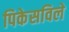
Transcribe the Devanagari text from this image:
पिकेसविले